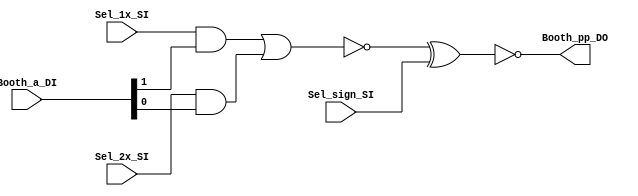
module booth_selector (
	Booth_a_DI,
	Sel_1x_SI,
	Sel_2x_SI,
	Sel_sign_SI,
	Booth_pp_DO
);
	input wire [1:0] Booth_a_DI;
	input wire Sel_1x_SI;
	input wire Sel_2x_SI;
	input wire Sel_sign_SI;
	output wire Booth_pp_DO;
	assign Booth_pp_DO = ~(~((Sel_1x_SI && Booth_a_DI[1]) | (Sel_2x_SI && Booth_a_DI[0])) ^ Sel_sign_SI);
endmodule